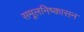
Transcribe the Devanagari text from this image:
समूलनिष्कासन